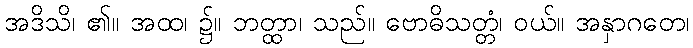
အဒိသိ၊ ၏။ အထ၊ ၌။ ဘတ္ထာ၊ သည်။ ဗောဓိသတ္တံ၊ ဝယ်။ အနှာဂတေ၊